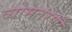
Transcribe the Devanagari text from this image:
व्योमतरणी